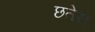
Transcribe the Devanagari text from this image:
छतेरा